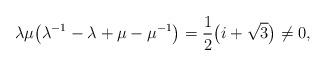
LaTeX: \begin{align*}\lambda\mu\big( \lambda^{-1}-\lambda + \mu-\mu^{-1}\big) =\frac12\big(i + \sqrt{3}\big)\not=0,\end{align*}